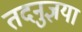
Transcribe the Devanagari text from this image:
तदनुज्ञया